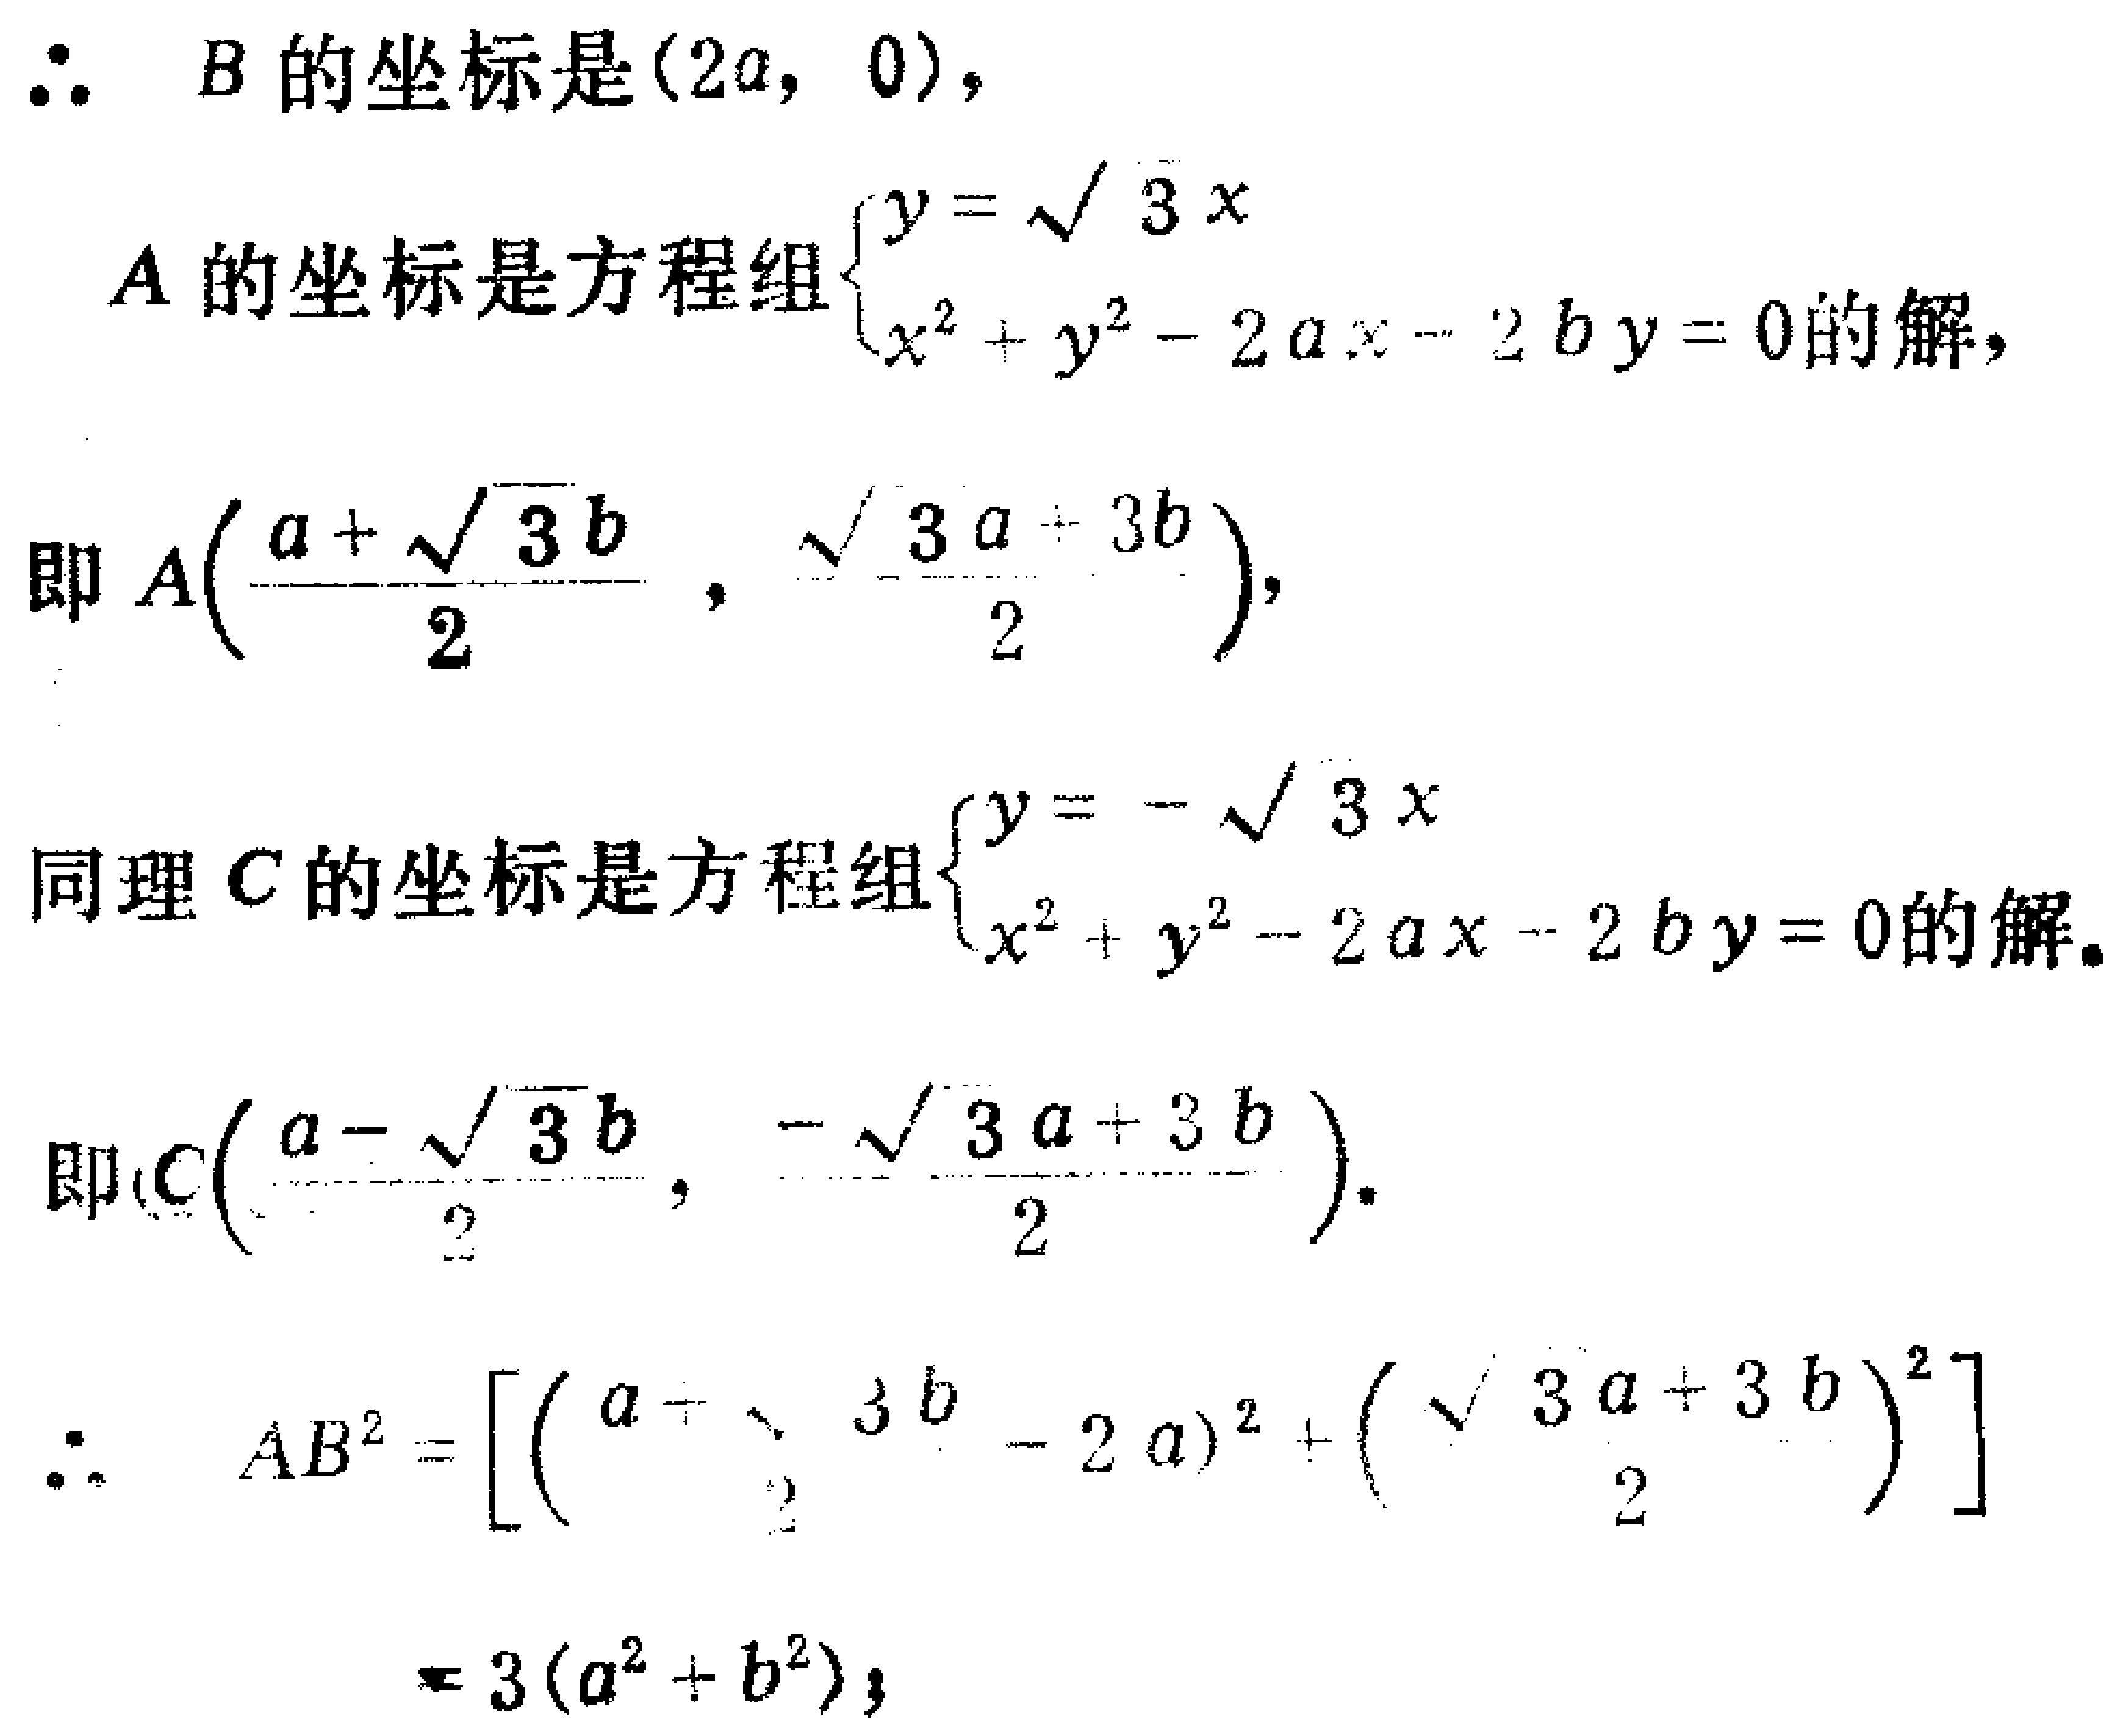
\(\therefore B的坐标是(2a, 0)，\)
\(A的坐标是方程组\begin{cases}y = \sqrt{3}x\\x^{2}+y^{2}-2ax - 2by = 0\end{cases}的解，\)
\(即A(\frac{a + \sqrt{3}b}{2}, \frac{\sqrt{3}a + 3b}{2})，\)
\(同理C的坐标是方程组\begin{cases}y = -\sqrt{3}x\\x^{2}+y^{2}-2ax - 2by = 0\end{cases}的解。\)
\(即C(\frac{a - \sqrt{3}b}{2}, \frac{-\sqrt{3}a + 3b}{2})。\)
\(\therefore AB^{2}=[(\frac{a + \sqrt{3}b}{2}-2a)^{2}+(\frac{\sqrt{3}a + 3b}{2})^{2}]\)
\(= 3(a^{2}+b^{2})；\)